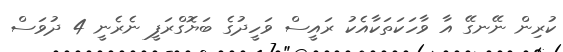
ކުރިން ނޭނގޭ އާ ވާހަކަތަކާއެކު ރައީސް ވަހީދުގެ ބަޔޮގްރަފީ ނެރެނީ 4 ދުވަސް